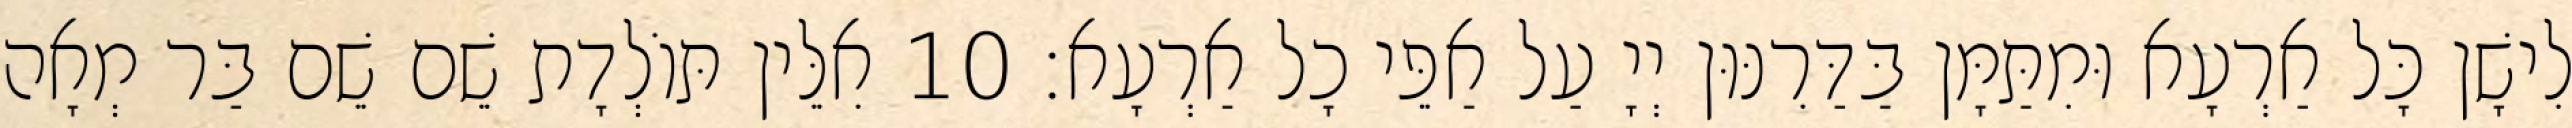
לִישָׁן כָּל אַרְעָא וּמִתַּמָּן בַּדַּרִנּוּן יְיָ עַל אַפֵּי כָל אַרְעָא׃ 10 אִלֵּין תּוֹלְדָת שֵׁם שֵׁם בַּר מְאָה